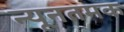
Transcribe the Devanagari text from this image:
न्यूनतमक